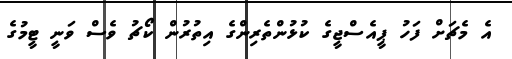
އެ މެޗަށް ފަހު ޕީއެސްޖީގެ ކުޅުންތެރިންގެ އިތުރުން ކޯޗު ވެސް ވަނީ ޓީމުގެ